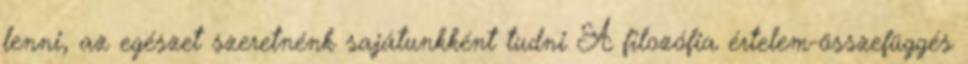
lenni, az egészet szeretnénk sajátunkként tudni A filozófia értelem-összefüggés